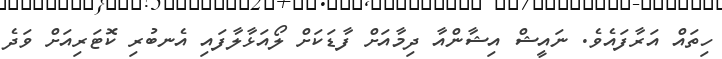
ހިތައް އަރާފައެވެ. ނައީޝް އިޝާންއާ ދިމާއަށް ފާޑަކަށް ލޯއަޅާލާފައި އެނބުރި ކޮޓަރިއަށް ވަދެ